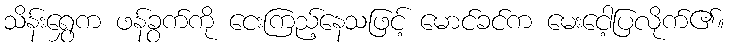
သိန်းရွှေက ဖန်ခွက်ကို ငေးကြည့်နေသဖြင့် မောင်ခင်က မေးငေါ့ပြလိုက်၏။